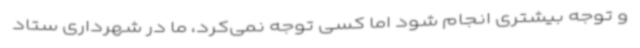
و توجه بیشتری انجام شود اما کسی توجه نمی‌کرد، ما در شهرداری ستاد